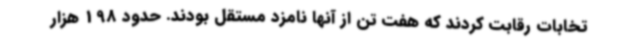
تخابات رقابت کردند که هفت تن از آنها نامزد مستقل بودند. حدود 198 هزار